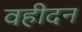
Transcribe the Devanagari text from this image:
वहीदन